On the morphology, teratology, and diclinism of the flowers of cannabis - Number 12
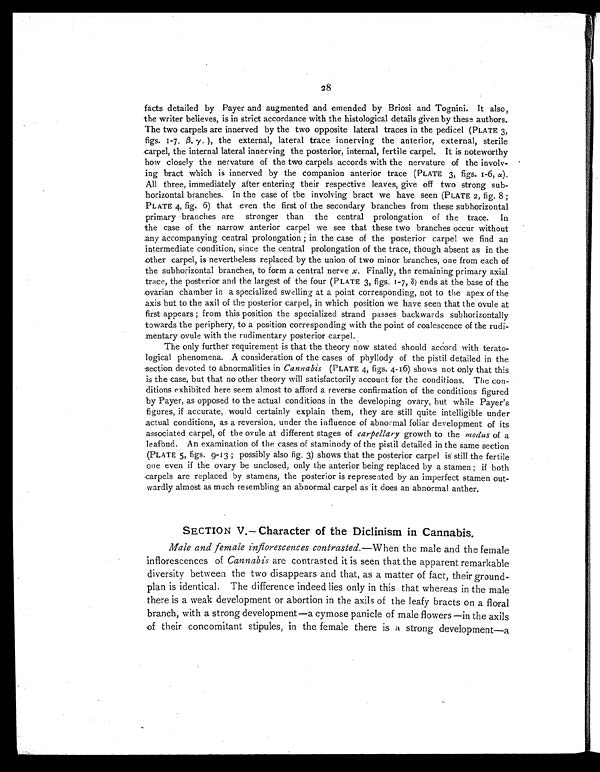
28
facts detailed by Payer and augmented and emended by Briosi and Tognini. It also,
the writer believes, is in strict accordance with the histological details given by these authors.
The two carpels are innerved by the two opposite lateral traces in the pedicel (PLATE 3,
figs. 1-7, β.γ.), the external, lateral trace innerving the anterior, external, sterile
carpel, the internal lateral innerving the posterior, internal, fertile carpel. It is noteworthy
how closely the nervature of the two carpels accords with the nervature of the involv-
ing bract which is innerved by the companion anterior trace (PLATE 3, figs. 1-6, α).
All three, immediately after entering their respective leaves, give off two strong sub-
horizontal branches. In the case of the involving bract we have seen (PLATE 2, fig. 8 ;
PLATE 4, fig. 6) that even the first of the secondary branches from these subhorizontal
primary branches are stronger than the central prolongation of the trace. In
the case of the narrow anterior carpel we see that these two branches occur without
any accompanying central prolongation ; in the case of the posterior carpel we find an
intermediate condition, since the central prolongation of the trace, though absent as in the
other carpel, is nevertheless replaced by the union of two minor branches, one from each of
the subhorizontal branches, to form a central nerve х. Finally, the remaining primary axial
trace, the posterior and the largest of the four (PLATE 3, figs. 1-7, δ) ends at the base of the
ovarian chamber in a specialized swelling at a point corresponding, not to the apex of the
axis but to the axil of the posterior carpel, in which position we have seen that the ovule at
first appears ; from this position the specialized strand passes backwards subhorizontally
towards the periphery, to a position corresponding with the point of coalescence of the rudi-
mentary ovule with the rudimentary posterior carpel.
The only further requirement is that the theory now stated should accord with terato-
logical phenomena. A consideration of the cases of phyllody of the pistil detailed in the
section devoted to abnormalities in Cannabis (PLATE 4, figs. 4-16) shows not only that this
is the case, but that no other theory will satisfactorily account for the conditions. The con-
ditions exhibited here seem almost to afford a reverse confirmation of the conditions figured
by Payer, as opposed to the actual conditions in the developing ovary, but while Payer's
figures, if accurate, would certainly explain them, they are still quite intelligible under
actual conditions, as a reversion, under the influence of abnormal foliar development of its
associated carpel, of the ovule at different stages of carpellary growth to the modus of a
leafbud. An examination of the cases of staminody of the pistil detailed in the same section
(PLATE 5, figs. 9-13 ; possibly also fig. 3) shows that the posterior carpel is still the fertile
one even if the ovary be unclosed, only the anterior being replaced by a stamen ; if both
carpels are replaced by stamens, the posterior is represented by an imperfect stamen out-
wardly almost as much resembling an abnormal carpel as it does an abnormal anther.
SECTION V.— Character of the Diclinism in Cannabis.
Male and female inflorescences contrasted. —When the male and the female
inflorescences of Cannabis are contrasted it is seen that the apparent remarkable
diversity between the two disappears and that, as a matter of fact, their ground-
plan is identical. The difference indeed lies only in this that whereas in the male
there is a weak development or abortion in the axils of the leafy bracts on a floral
branch, with a strong development—a cymose panicle of male flowers —in the axils
of their concomitant stipules, in the female there is a strong development—a